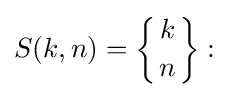
S(k,n)=\left\{{k \atop n}\right\}: